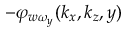
- \varphi _ { w \omega _ { y } } ( k _ { x } , k _ { z } , y )